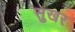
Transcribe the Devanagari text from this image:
सुखर